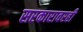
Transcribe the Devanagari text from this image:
सरकारावरही